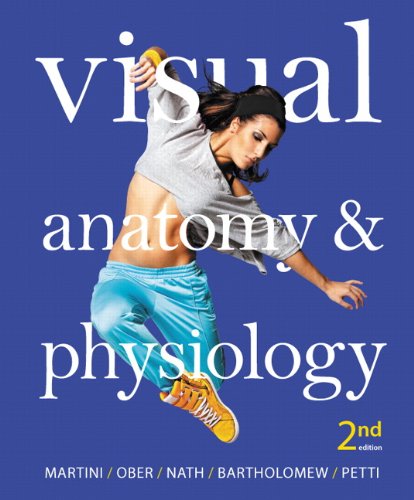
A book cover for Visual Anatomy & Physiology (2nd Edition); Frederic H. Martini; Medical Books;